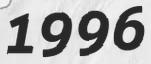
1996